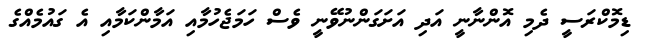
ޑިމޮކްރަސީ ދެމި އޮންނާނީ އަދި އަށަގަންނުވޭނީ ވެސް ހަމަޖެހުމާއި އަމާންކަމާއި އެ ގައުމެއްގެ